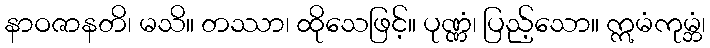
နာဝဇာနတိ၊ မသိ။ တဿာ၊ ထိုသေဖြင့်။ ပုဏ္ဏံ၊ ပြည့်သော။ ဣမံကုမ္ဘံ၊